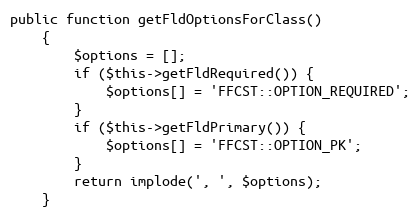
Language: PHP
public function getFldOptionsForClass()
    {
        $options = [];
        if ($this->getFldRequired()) {
            $options[] = 'FFCST::OPTION_REQUIRED';
        }
        if ($this->getFldPrimary()) {
            $options[] = 'FFCST::OPTION_PK';
        }
        return implode(', ', $options);
    }